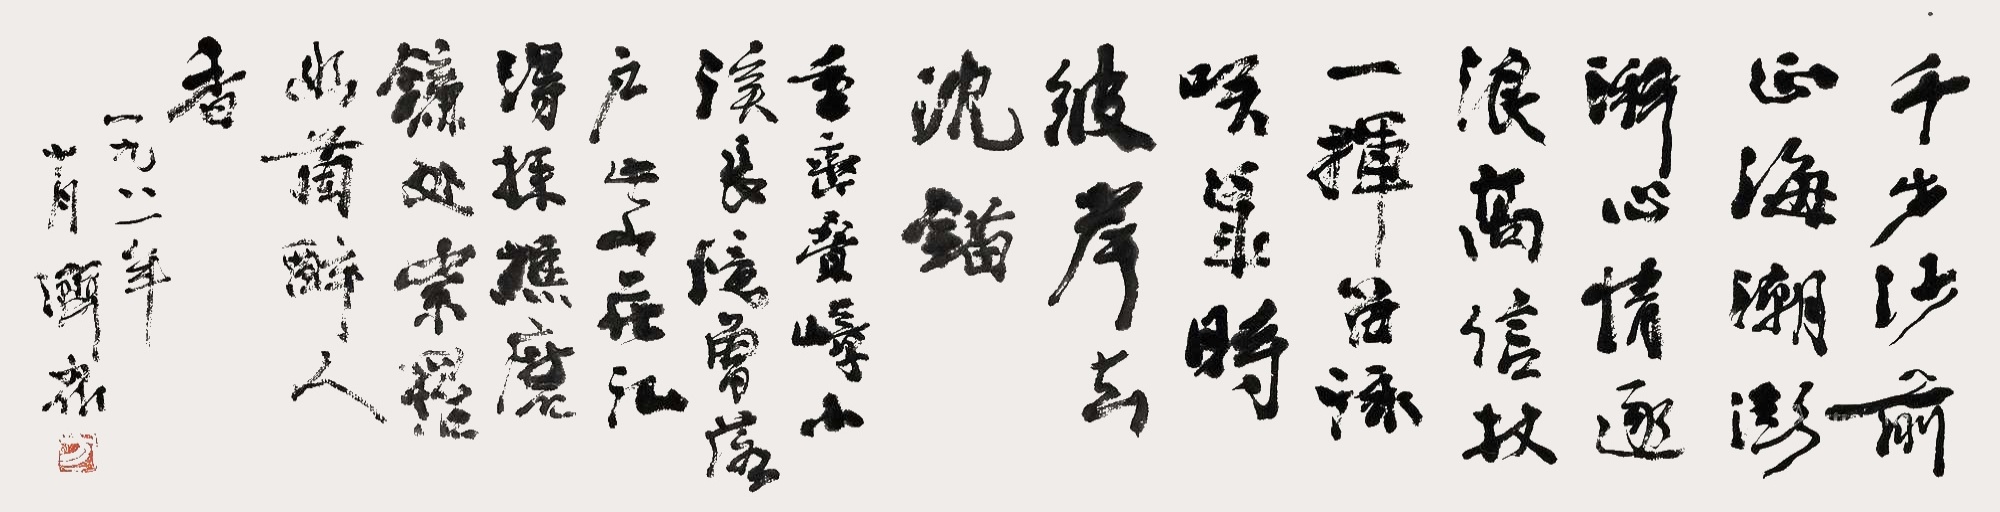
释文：千步沙前正海潮，澎湃心情逐浪高。信仗一挥留泳咲(笑)，几时彼岸去沈锚。重峦叠嶂小溪长，忆曾落户此山庄。记得采樵磨镰处，紫罗幽兰醉人香。一九八一年十月，济众。